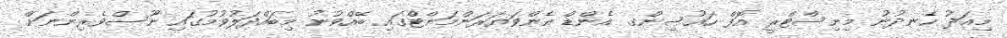
މިއަދު ހެނދުނު މިނިސްޓްރީ އޮފް ހައުސިންގ އެންޑް އެންވަޔަރަންމަންޓްގައި ބޭއްވުނު މިބައްދަލުވުމުގައި ނޫސްވެރިންނަށް